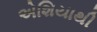
એશિયાથી